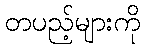
တပည့်များကို